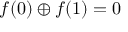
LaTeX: f ( 0 ) \oplus f ( 1 ) = 0